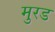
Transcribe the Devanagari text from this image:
मुरड